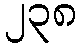
၂၃၈